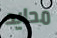
محايد